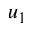
u _ { 1 }